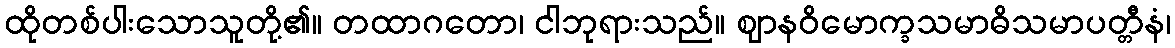
ထိုတစ်ပါးသောသူတို့၏။ တထာဂတော၊ ငါဘုရားသည်။ ဈာနဝိမောက္ခသမာဓိသမာပတ္တီနံ၊